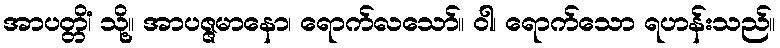
အာပတ္တိံ၊ သို့။ အာပဇ္ဇမာနော၊ ရောက်လသော်။ ဝါ၊ ရောက်သော ရဟန်းသည်။